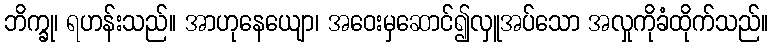
ဘိက္ခု၊ ရဟန်းသည်။ အာဟုနေယျော၊ အဝေးမှဆောင်၍လှူအပ်သော အလှုကိုခံထိုက်သည်။